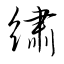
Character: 繡